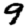
Digit: 9